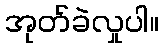
အုတ်ခဲလှုပါ။